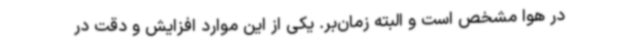
در هوا مشخص است و البته زمان‌بر. یکی از این موارد افزایش و دقت در